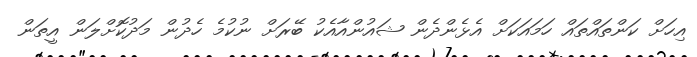
އިހަށް ކަންތައްތައް ހަމައަކަށް އެޅެންދެން ޝައުންއާއެކު ބޭރަށް ނުކުމެ ހެދުން މަދުކޮށްލަން އީތަން